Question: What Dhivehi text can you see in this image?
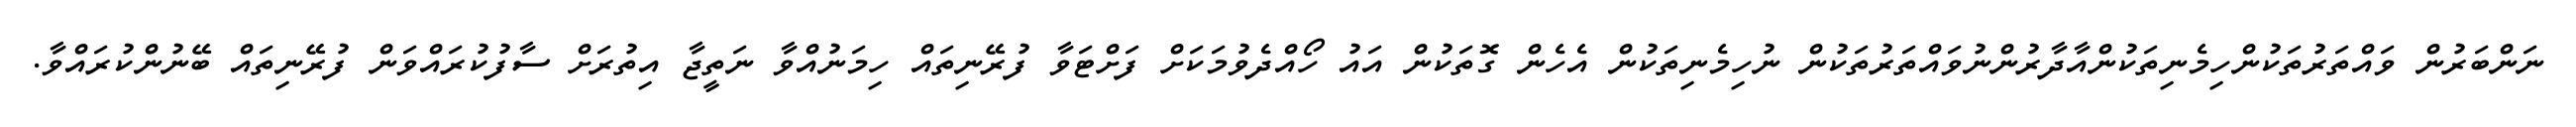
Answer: ނަންބަރުން ވައްތަރުތަކުންހިމެނިތަކުންއާދާރުންނުވައްތަރުތަކުން ނުހިމެނިތަކުން އެހެން ގޮތަކުން އައު ހޯއްދެވުމަކަށް ފަށްޓަވާ ފުރޭނިތައް ހިމަނުއްވާ ނަތީޖާ އިތުރަށް ސާފުކުރައްވަން ފުރޭނިތައް ބޭނުންކުރައްވާ.